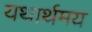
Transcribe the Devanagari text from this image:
यथार्थमय